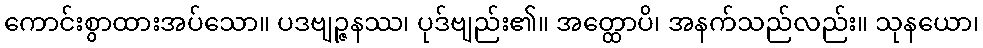
ကောင်းစွာထားအပ်သော။ ပဒဗျဉ္ဇနဿ၊ ပုဒ်ဗျည်း၏။ အတ္ထောပိ၊ အနက်သည်လည်း။ သုနယော၊